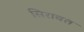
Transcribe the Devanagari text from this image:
सिरावत